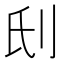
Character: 𠛊